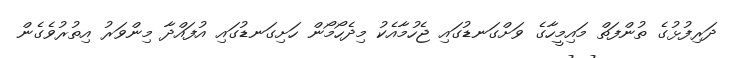
ދަރިފުޅުގެ ތުންފަތް މައިމީހާގެ ވަށްގަނޑުގައި ޖެހުމާއެކު މިދެހޯމޯން ހަށިގަނޑުގައި އުފައްދާ މިންވަރު އިތުރުވެގެން